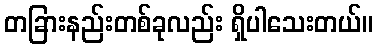
တခြားနည်းတစ်ခုလည်း ရှိပါသေးတယ်။